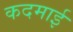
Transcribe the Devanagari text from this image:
कदमाई